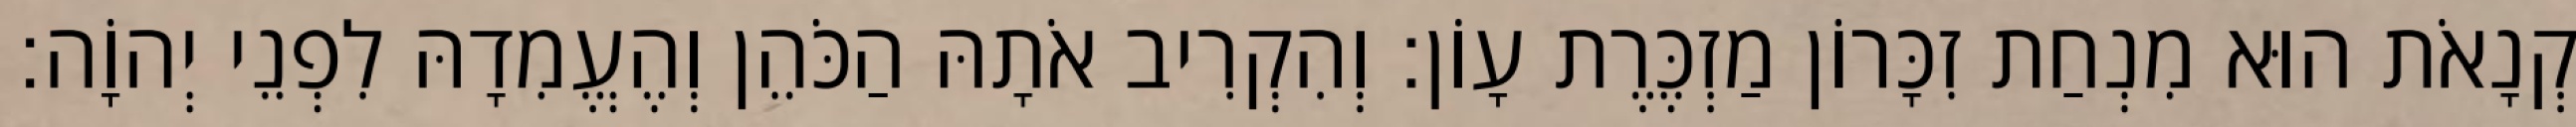
קְנָאֹת הוּא מִנְחַת זִכָּרוֹן מַזְכֶּרֶת עָוֹן׃ וְהִקְרִיב אֹתָהּ הַכֹּהֵן וְהֶעֱמִדָהּ לִפְנֵי יְהוָֹה׃